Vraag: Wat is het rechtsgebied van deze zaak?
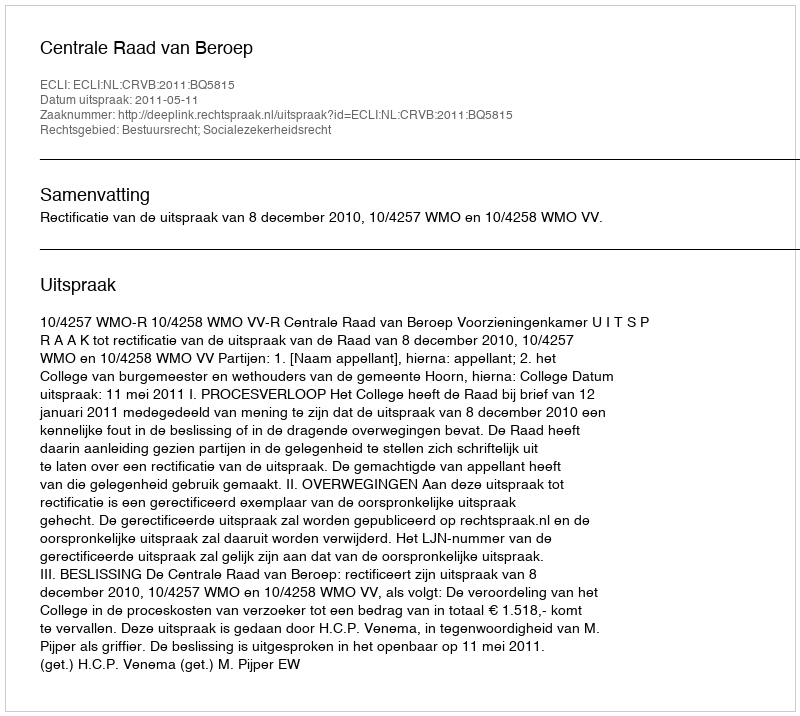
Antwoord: Bestuursrecht; Socialezekerheidsrecht